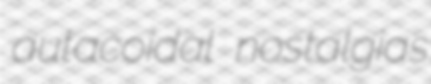
autacoidal nostalgias